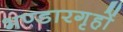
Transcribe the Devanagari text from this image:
भण्डारगृहों